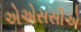
એએસસીએ